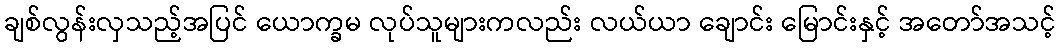
ချစ်လွန်းလှသည့်အပြင် ယောက္ခမ လုပ်သူများကလည်း လယ်ယာ ချောင်း မြောင်းနှင့် အတော်အသင့်